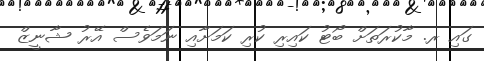
ގައި ރ. މާކުރަތަށް ބޯޓު ކައިރި ކުރި ކަމަށާއި ނަމަވެސް އޭރު ޝާނީޒް